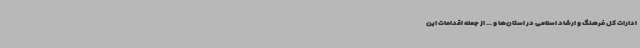
ادارات کل فرهنگ و ارشاد اسلامی در استان‌ها و ... از جمله اقدامات این